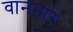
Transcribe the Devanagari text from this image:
वाननार